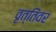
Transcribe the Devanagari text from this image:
वृत्तिंवर